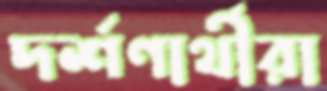
দর্শণার্থীরা